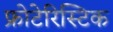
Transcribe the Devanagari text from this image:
फ्रोटेरिस्टिक